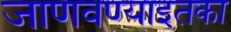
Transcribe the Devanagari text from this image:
जाणवण्याइतका